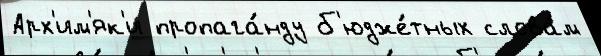
Арх'им'як'и пропага́нду б'юдже́тных слова́м